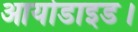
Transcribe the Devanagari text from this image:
आयोडाइड।